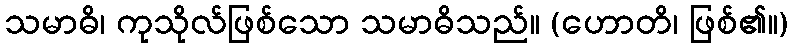
သမာဓိ၊ ကုသိုလ်ဖြစ်သော သမာဓိသည်။ (ဟောတိ၊ ဖြစ်၏။)